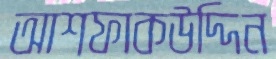
আশফাকউদ্দিন